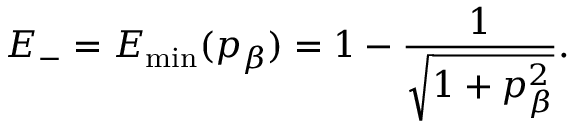
E _ { - } = E _ { \operatorname* { m i n } } ( p _ { \beta } ) = 1 - \frac { 1 } { \sqrt { 1 + p _ { \beta } ^ { 2 } } } .